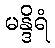
မန္ဒိရံ